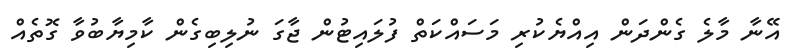
އޭނާ މާލެ ގެންދަން އިއްޔެކުރި މަސައްކަތް ފުލައިޓުން ޖާގަ ނުލިބިގެން ކާމިޔާބުވާ ގޮތެއް